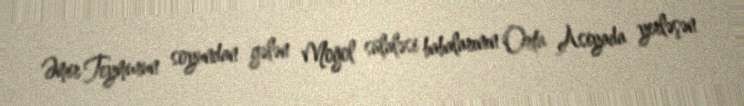
Əmir Teymurun soyundan gələn Moğol sülaləsi babalarının Orta Asiyada yerləşən